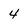
Character: 4